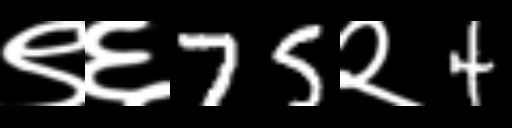
Text: ९६75२4